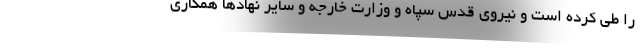
را طی کرده است و نیروی قدس سپاه و وزارت خارجه و سایر نهادها همکاری